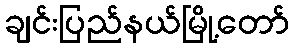
ချင်းပြည်နယ်မြို့တော်